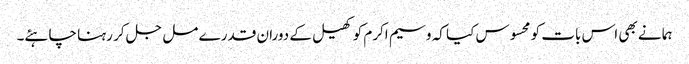
ہما نے بھی اس بات کو محسوس کیا کہ وسیم اکرم کو کھیل کے دوران قدرے مل جل کر رہنا چاہئے۔